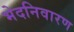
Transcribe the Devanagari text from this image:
भेदनिवारण